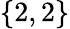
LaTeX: \{ 2,2\}